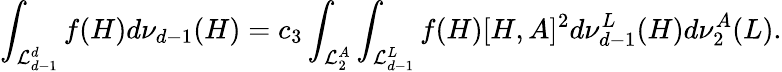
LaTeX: \int_{{\cal L}_{d-1}^{d}}f(H)d\nu_{d-1}(H)=c_{3}\int_{{\cal L}_{2}^{A}}\int_{{\cal L}_{d-1}^{L}}f(H)[H,A]^{2}d\nu_{d-1}^{L}(H)d\nu_{2}^{A}(L).